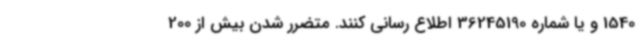
1540 و یا شماره 36245190 اطلاع‌ رسانی کنند. متضرر شدن بیش از 200